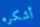
أشكره